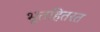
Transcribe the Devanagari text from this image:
भूतहितरत